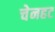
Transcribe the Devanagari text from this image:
चेनहट